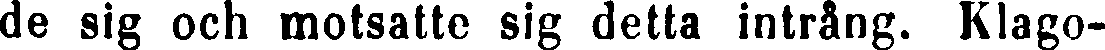
ds sig och motsatte sig detta intrång. Klago-